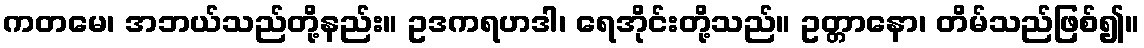
ကတမေ၊ အဘယ်သည်တို့နည်း။ ဥဒကရဟဒါ၊ ရေအိုင်းတို့သည်။ ဥတ္တာနော၊ တိမ်သည်ဖြစ်၍။